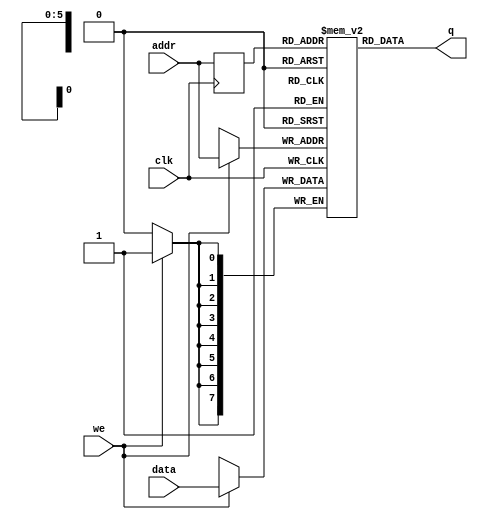
module single_port_ram
(
	input [7:0] data,
	input [5:0] addr,
	input we, clk,
	output [7:0] q
);
	// Declare the RAM variable
	reg [7:0] ram[63:0];

	//initialize for test
	integer i;
	initial begin
		ram[0]<= 8'b0000_0001;
		ram[1]<= 8'b0000_0001;
		ram[2]<= 8'b0000_0001;
		
		ram[3]<= 8'b0000_0010;
		ram[4]<= 8'b0000_0010;
		ram[5]<= 8'b0000_0010;
		
		ram[6]<= 8'b0000_0011;
		ram[7]<= 8'b0000_0011;
		ram[8]<= 8'b0000_0011;
		
		ram[9]  <= 8'b0000_0001;
		ram[10] <= 8'b0000_0010;
		ram[11] <= 8'b0000_0011;
		ram[12] <= 8'b0000_0100;
		
		ram[13]  <= 8'b0000_0001;
		ram[14] <= 8'b0000_0010;
		ram[15] <= 8'b0000_0011;
		ram[16] <= 8'b0000_0100;
		
		ram[17]  <= 8'b0000_0001;
		ram[18] <= 8'b0000_0010;
		ram[19] <= 8'b0000_0011;
		ram[20] <= 8'b0000_0100;
		
		ram[21]  <= 8'b0000_0001;
		ram[22] <= 8'b0000_0010;
		ram[23] <= 8'b0000_0011;
		ram[24] <= 8'b0000_0100;
		
		
	end

	// Variable to hold the registered read address
	reg [5:0] addr_reg;
	
	always @ (posedge clk)
	begin
	// Write
		if (we)
			ram[addr] <= data;
		
		addr_reg <= addr;
		
	end
		
	// Continuous assignment implies read returns NEW data.
	// This is the natural behavior of the TriMatrix memory
	// blocks in Single Port mode.  
	assign q = ram[addr_reg];
	
endmodule